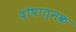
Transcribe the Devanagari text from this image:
दोषात्मक